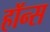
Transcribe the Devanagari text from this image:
हॉन्स